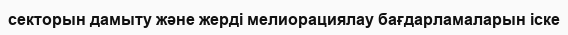
секторын дамыту және жерді мелиорациялау бағдарламаларын іске